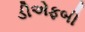
ડીએફબી